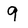
Character: 9